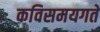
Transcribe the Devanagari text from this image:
कविसमयगते